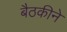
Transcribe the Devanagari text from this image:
बैठकीने